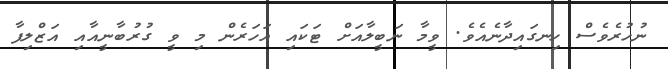
ނުހުރެވެސް ހިނގައިދާނެއެވެ. ވީމާ ނަބީލާއަށް ޓަކައި އަހަރެން މި ވީ ގުރުބާނީއާއި އަޒްލިފާ